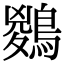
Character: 𪃊